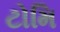
ટોમિ